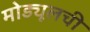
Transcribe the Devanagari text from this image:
मोड्यूलची